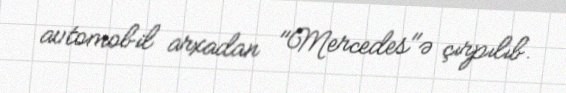
avtomobil arxadan "Mercedes"ə çırpılıb.